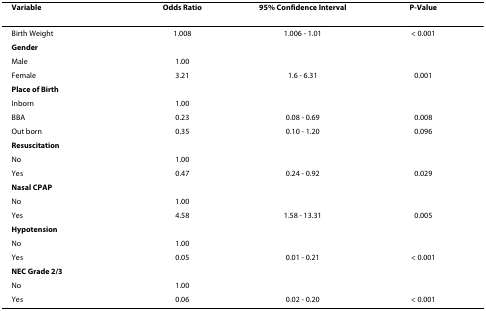
| Variable | Odds Ratio | 95% Confidence Interval | P-Value |
 | --- | --- | --- | --- |
 | Birth Weight | 1.008 | 1.006 - 1.01 | < 0.001 |
 | Gender |  |  |  |
 | Male | 1.00 |  |  |
 | Female | 3.21 | 1.6 - 6.31 | 0.001 |
 | Place of Birth |  |  |  |
 | Inborn | 1.00 |  |  |
 | BBA | 0.23 | 0.08 - 0.69 | 0.008 |
 | Out born | 0.35 | 0.10 - 1.20 | 0.096 |
 | Resuscitation |  |  |  |
 | No | 1.00 |  |  |
 | Yes | 0.47 | 0.24 - 0.92 | 0.029 |
 | Nasal CPAP |  |  |  |
 | No | 1.00 |  |  |
 | Yes | 4.58 | 1.58 - 13.31 | 0.005 |
 | Hypotension |  |  |  |
 | No | 1.00 |  |  |
 | Yes | 0.05 | 0.01 - 0.21 | < 0.001 |
 | NEC Grade 2/3 |  |  |  |
 | No | 1.00 |  |  |
 | Yes | 0.06 | 0.02 - 0.20 | < 0.001 |